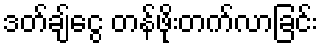
ဒတ်ချ်ငွေ တန်ဖိုးတက်လာခြင်း